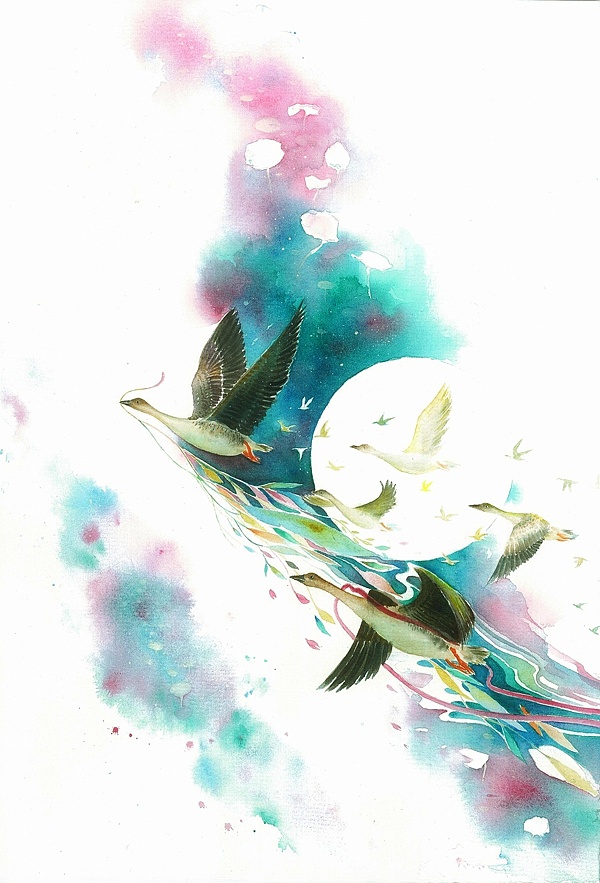
雁引愁心去，山衔好月来。